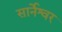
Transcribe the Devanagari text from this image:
सार्नेश्वर